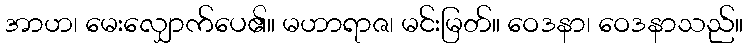
အာဟ၊ မေးလျှောက်ပေ၏။ မဟာရာဇ၊ မင်းမြတ်။ ဝေဒနာ၊ ဝေဒနာသည်။